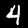
Label: 4